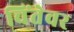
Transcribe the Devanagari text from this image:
चिंतेवर